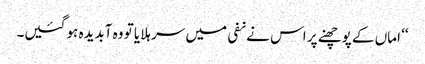
‘‘ اماں کے پوچھنے پر اس نے نفی میں سر ہلایا تو وہ آبدیدہ ہو گئیں۔